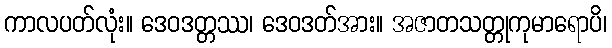
ကာလပတ်လုံး။ ဒေဝဒတ္တဿ၊ ဒေဝဒတ်အား။ အဇာတသတ္တုကုမာရောပိ၊